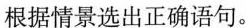
根据情景选出正确语句。